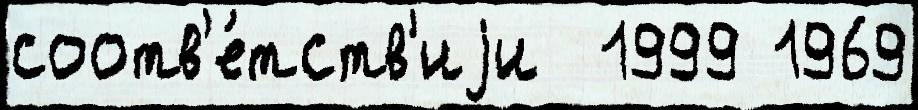
соотв'е́тств'иjи  1999 1969